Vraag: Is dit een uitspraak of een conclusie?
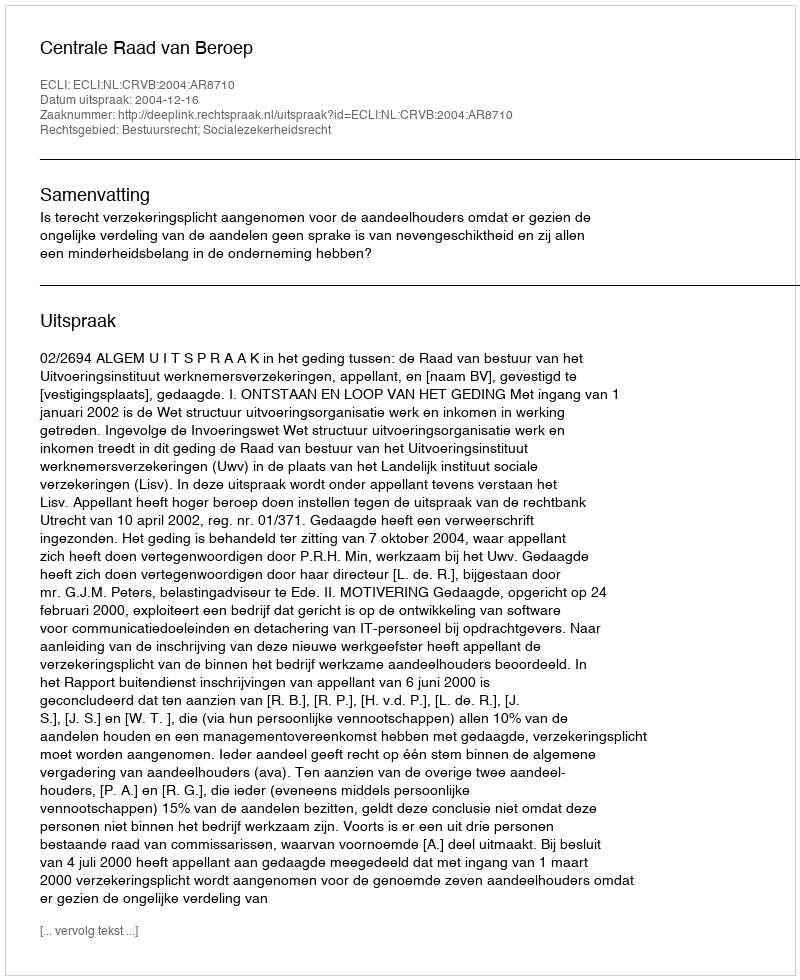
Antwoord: Uitspraak